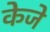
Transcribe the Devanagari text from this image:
केजे